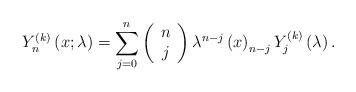
LaTeX: \begin{align*}Y_{n}^{\left( k\right) }\left( x;\lambda \right) =\sum_{j=0}^{n}\left( \begin{array}{c}n \\ j\end{array}\right) \lambda ^{n-j}\left( x\right) _{n-j}Y_{j}^{\left( k\right) }\left(\lambda \right) .\end{align*}